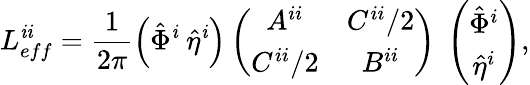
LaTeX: L_{eff}^{\mathit{i}\mathit{i}}=\frac{{1}}{{2\pi}}\left(\hat{{\Phi}}^{\mathit{i}}~\hat{{\eta}}^{\mathit{i}}\right)\left(\begin{array}{cc}{{A^{ii}}}&{{C^{ii}/2}}\\ {{C^{ii}/2}}&{{B^{ii}}}\end{array}\right)~\left(\begin{array}{c}{{\hat{\Phi}^{i}}}\\ {{\hat{\eta}^{i}}}\end{array}\right),